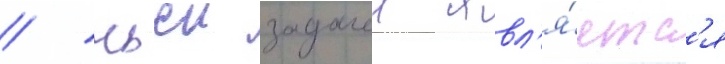
/ чьеи задачеи явл'я́етс'я